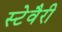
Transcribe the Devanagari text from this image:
स्टेवैरी